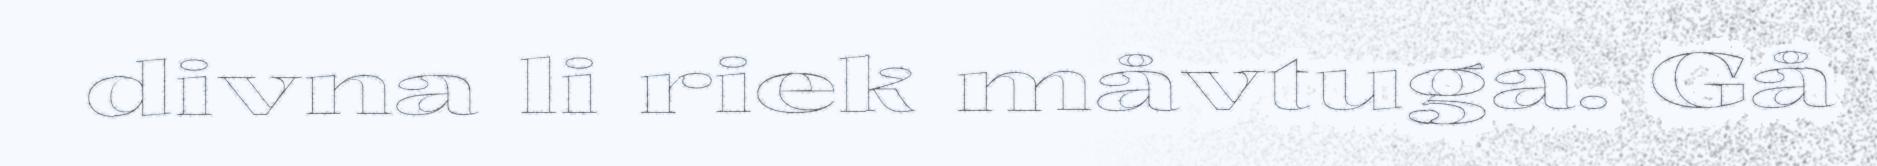
divna li riek måvtuga. Gå